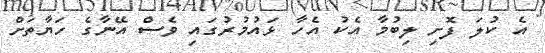
އެ ކުލަ ފޮށި ލިބުމާ އެކު އެހާ ޅައުމުރުގައި ވެސް އޭނާގެ ހަޔާތަށް